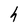
Character: h